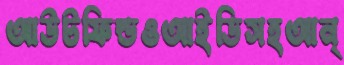
আউটফিল্ডওআইডিসহআন্